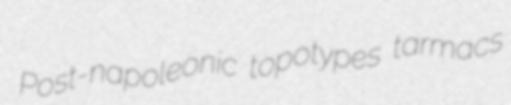
Post-napoleonic topotypes tarmacs